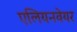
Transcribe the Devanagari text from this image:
एलियनवेयर